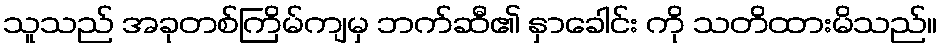
သူသည် အခုတစ်ကြိမ်ကျမှ ဘက်ဆီ၏ နှာခေါင်း ကို သတိထားမိသည်။